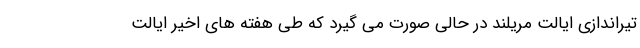
تیراندازی ایالت مریلند در حالی صورت می گیرد که طی هفته های اخیر ایالت